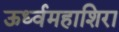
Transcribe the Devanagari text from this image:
ऊर्ध्वमहाशिरा